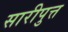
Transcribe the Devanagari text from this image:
सारीपुत्त